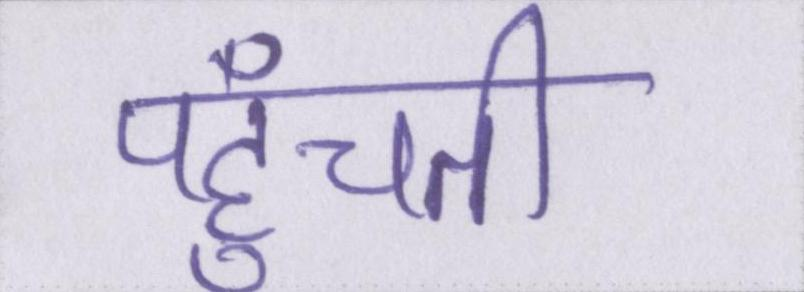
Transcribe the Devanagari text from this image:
पहुँचती